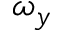
\omega _ { y }